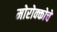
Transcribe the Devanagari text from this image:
मोरोक्कोचे